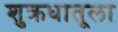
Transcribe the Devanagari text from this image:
शुक्रधातूला